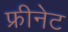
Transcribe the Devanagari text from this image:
फ्रीनेट